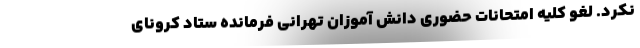
نکرد. لغو کلیه امتحانات حضوری دانش آموزان تهرانی فرمانده ستاد کرونای